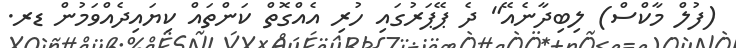
(ފުލް މާކްސް) ލިބިދާނެއޭ" ދެ ޕޭޕަރުގައި ހުރި އެއްގޮތް ކަންތައް ކިޔައިދެއްވަމުން ޑރ.